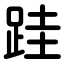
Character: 跬